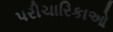
પરીચારિકાઓ